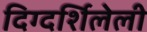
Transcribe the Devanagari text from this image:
दिग्दर्शिलेली